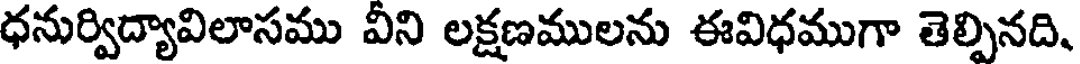
ధనుర్విద్యావిలాసము వీని లక్షణములను ఈవిధముగా తెల్పినది.